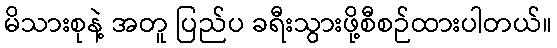
မိသားစုနဲ့ အတူ ပြည်ပ ခရီးသွားဖို့စီစဉ်ထားပါတယ်။